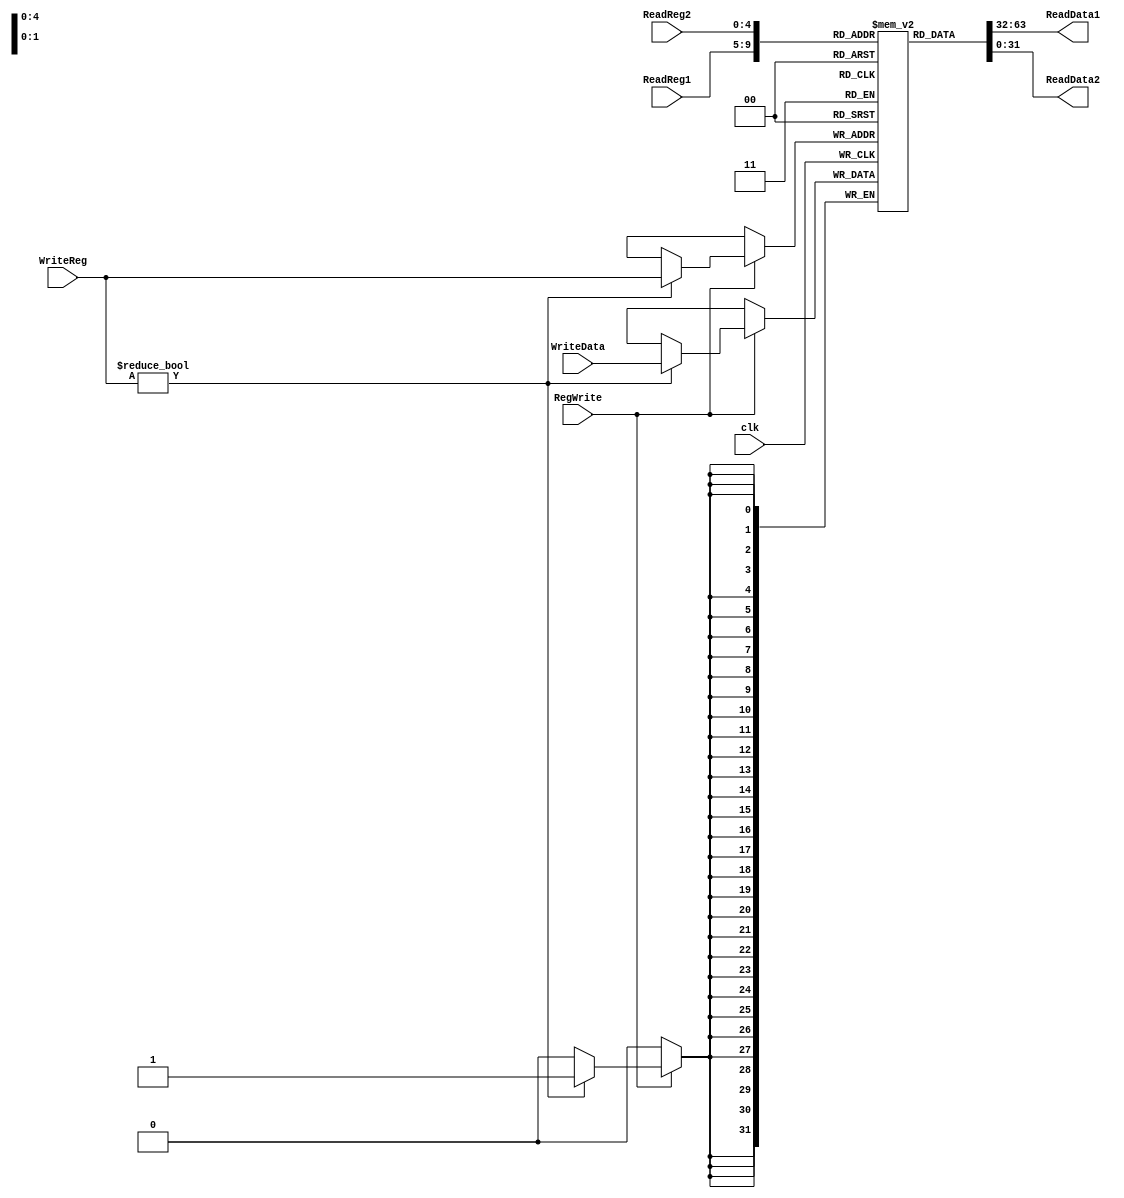
module RegFile(input[4:0] ReadReg1, ReadReg2, WriteReg, input[31:0] WriteData, input clk, RegWrite, output[31:0] ReadData1, ReadData2);
  reg [31:0] R[0:31];
  initial R[0] <= 32'b0;
  always@(posedge clk) begin
    if (RegWrite == 1)begin
      if (WriteReg != 0)
        R[WriteReg] <= WriteData;
    end
  end
  assign ReadData1 = R[ReadReg1];
  assign ReadData2 = R[ReadReg2];
endmodule

module ALU(input [31:0] A,B, input[2:0] ALUOpration, output zero, output reg[31:0] Result);
  always@(A,B,ALUOpration)begin
    if(ALUOpration == 3'b000) Result =  A & B;
    else if(ALUOpration == 3'b001) Result =  A | B;
    else if(ALUOpration == 3'b010) Result =  A + B;
    else if(ALUOpration == 3'b011) Result =  A + (~B) + 1;
    else if(ALUOpration == 3'b100)begin
      if(A[31] != B[31])begin
        if(A[31] > B[31]) Result = 1;
        else Result = 0;
      end
      else begin
        if(A < B) Result = 1;
        else Result = 0;
      end
    end
  end
  assign zero = (Result == 0) ? 1'b1 : 1'b0;
endmodule

module SignExt(input [15:0] in, output [31:0]out);
  assign out = { {16{in[15]}}, in};
endmodule

module MUX_5(input[4:0] in0,in1, input sel, output[4:0] out);
  assign out = (sel == 0) ? in0 : in1;
endmodule

module MUX_32(input[31:0] in0,in1, input sel, output[31:0] out);
  assign out = (sel == 0) ? in0 : in1;
endmodule

module SHL2_32_to_32(input[31:0] in, output[31:0] out);
  assign out = {in[29:0] , 2'b00};
endmodule

module SHL2_26_to_28(input[25:0] in, output[27:0] out);
  assign out = {in,2'b00};
endmodule

module Adder_32(input [31:0] A,B, output[31:0] Result);
  assign Result = A + B;
endmodule

module InstMem(input [31:0] Address, output [5:0] OPC, output[25:0] Inst);
    reg [7:0] Mem [0:64000];
    wire [31:0] instruction;
    initial $readmemh("inst.data", Mem);
    assign instruction = {Mem[Address], Mem[Address+1], Mem[Address+2], Mem[Address+3]};
    assign OPC = instruction[31:26];
    assign Inst = instruction[25:0];
endmodule

module DataMem(input [31:0] Address, WriteData, input MemRead, MemWrite, clk, output [31:0] ReadData);
    reg [31:0] Mem [0:16000];
    initial $readmemh("data.data", Mem);
    assign ReadData = MemRead ? Mem[Address] : 32'b0;
    always@(posedge clk)begin
        if(MemWrite == 1)begin
            Mem[Address] = WriteData;
        end
    end
endmodule

module PC_Reg(input [31:0] in, input clk, rst, output[31:0] out);
    reg [31:0] pc;
    always@(posedge clk, posedge rst)begin
        if(rst) pc <= 32'b0;
        else pc <= in;
    end
    assign out = pc;
endmodule

module Concat4_26(input [3:0] first, input [27:0] second, output[31:0] out);
  assign out = {first,second};
endmodule

module MIPS_DP(input [2:0] ALUOpration,
               input MemRead, MemWrite, RegWrite, PCSrc, RegDst, ALUSrc, MemToReg, PCToReg, LastReg, AdrToPC, RegToPC, clk, rst, 
               output [5:0] opc, func, output zero);
               
  wire [31:0] mux1_out, mux2_out, mux3_out, mux5_out, mux6_out, mux7_out;
  wire [4:0] mux4_out, mux8_out;
  wire [31:0] adder1_out, adder2_out, shl2_2_out, signext_out, concat;
  wire [27:0] shl2_1_out;
  wire [31:0] PC, RF_RD1, RF_RD2, ALU_Result, DM_RD;
  wire [25:0] Inst;
  wire [31:0] value_4;
  wire [4:0] value_31;
  
  assign value_4 = 32'b00000000000000000000000000000100;
  assign value_31 = 5'b11111;
  assign func = Inst[5:0];

  Concat4_26 concat1 (PC[31:28], shl2_1_out, concat);

  SignExt signext(Inst[15:0],signext_out);
  
  MUX_32 mux1 (mux2_out, concat, AdrToPC, mux1_out);
  MUX_32 mux2 (mux3_out, RF_RD1, RegToPC, mux2_out);
  MUX_32 mux3 (adder1_out, adder2_out, PCSrc, mux3_out);
  MUX_32 mux5 (RF_RD2, signext_out, ALUSrc, mux5_out);
  MUX_32 mux6 (ALU_Result, DM_RD, MemToReg, mux6_out);
  MUX_32 mux7 (mux6_out, adder1_out, PCToReg, mux7_out);
  
  MUX_5 mux4 (Inst[20:16], Inst[15:11], RegDst, mux4_out);
  MUX_5 mux8 (mux4_out, value_31, LastReg, mux8_out);
  
  Adder_32 adder1 (value_4, PC, adder1_out);
  Adder_32 adder2 (adder1_out, shl2_2_out, adder2_out);
  
  SHL2_26_to_28 shl2_1 (Inst, shl2_1_out);
  SHL2_32_to_32 shl2_2 (signext_out, shl2_2_out);
  
  PC_Reg pc (mux1_out, clk, rst, PC);

  InstMem instruction_memory (PC, opc, Inst);

  RegFile register_file (Inst[25:21], Inst[20:16], mux8_out, mux7_out, clk, RegWrite, RF_RD1, RF_RD2);

  ALU alu (RF_RD1, mux5_out, ALUOpration, zero, ALU_Result);

  DataMem data_memory (ALU_Result, RF_RD2, MemRead, MemWrite, clk, DM_RD);
endmodule